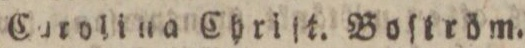
Carolina Chriſt. Boſtröm.